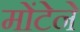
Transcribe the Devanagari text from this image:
मोंटेने